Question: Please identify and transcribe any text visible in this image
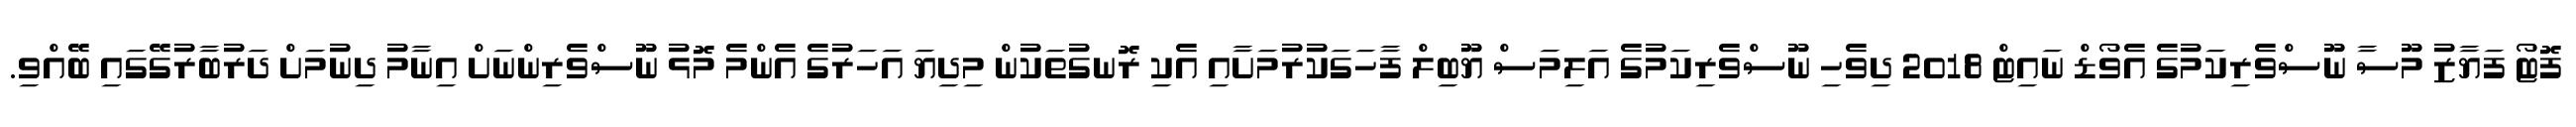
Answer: ފޮޓޯ ފަޔާޒު މޫސާ ނޫސްވެރިކަމުގެ އެވޯޑް ނައިޓް 2018 ދިވެހި ނޫސްވެރިކަމުގެ އަލިމަސް ޔޫބިލް ފާހަގަކުރުމަށާއި އެކި ރޮނގުތަކުން މިދިޔަ އަހަރުގެ އެންމެ މޮޅު ނޫސްވެރިންނަށް އިނާމު ދިނުމަށް ދަރުބާރުގޭގައި ބޭއްވި.